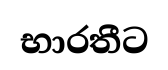
භාරතීට